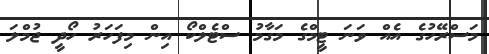
މަސްރޭހުގެ އެއް ވަނަ ޓީމްގެ މަގާމު ސްޓެލްކޯ އިން މިފަހަރު ހޯދީ ޖުމްލަ